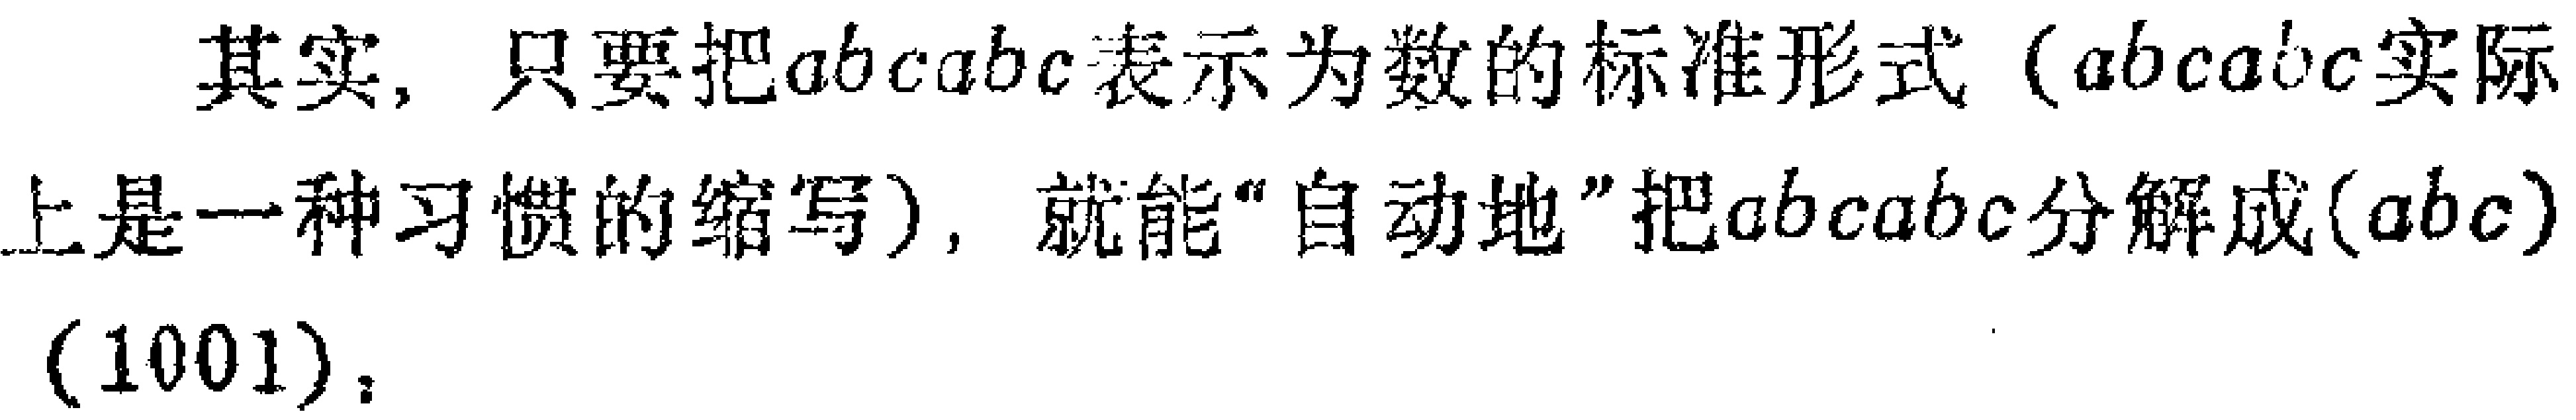
其实，只要把\(abcabc\)表示为数的标准形式（\(abcabc\)实际上是一种习惯的缩写），就能“自动地”把\(abcabc\)分解成\((abc)(1001)\)。